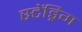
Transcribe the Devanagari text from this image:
स्टेंड्रिग